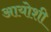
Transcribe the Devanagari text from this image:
आयोशी